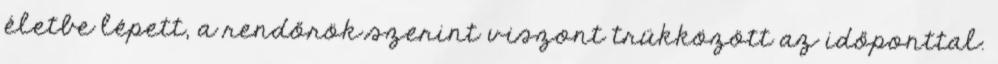
életbe lépett, a rendőrök szerint viszont trükközött az időponttal.